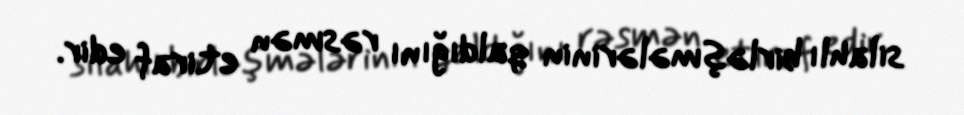
silahlı birləşmələrinin qaldığını rəsmən etiraf edir.